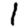
Digit: 1